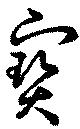
寶